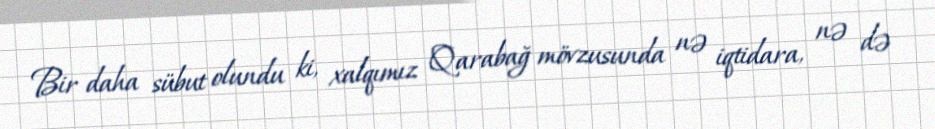
Bir daha sübut olundu ki, xalqımız Qarabağ mövzusunda nə iqtidara, nə də